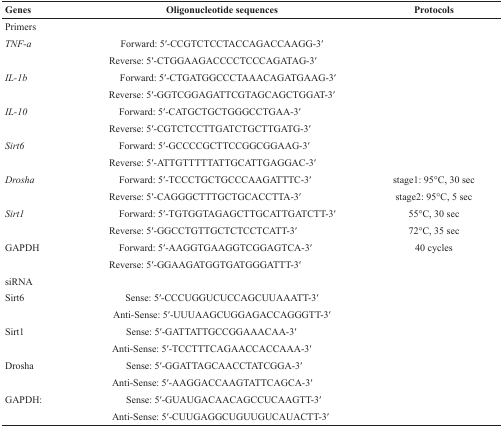
| Genes | Oligonucleotide sequences | Protocols |
 | --- | --- | --- |
 | <COLSPAN=3> Primers |
 | TNF-a | Forward: 5′-CCGTCTCCTACCAGACCAAGG-3′ |  |
 |  | Reverse: 5′-CTGGAAGACCCCTCCCAGATAG-3′ |  |
 | IL-1b | Forward: 5′-CTGATGGCCCTAAACAGATGAAG-3′ |  |
 |  | Reverse: 5′-GGTCGGAGATTCGTAGCAGCTGGAT-3′ |  |
 | IL-10 | Forward: 5′-CATGCTGCTGGGCCTGAA-3′ |  |
 |  | Reverse: 5′-CGTCTCCTTGATCTGCTTGATG-3′ |  |
 | Sirt6 | Forward: 5′-GCCCCGCTTCCGGCGGAAG-3′ |  |
 |  | Reverse: 5′-ATTGTTTTTATTGCATTGAGGAC-3′ |  |
 | Drosha | Forward: 5′-TCCCTGCTGCCCAAGATTTC-3′ | stage1: 95°C, 30 sec |
 |  | Reverse: 5′-CAGGGCTTTGCTGCACCTTA-3′ | stage2: 95°C, 5 sec |
 | Sirt1 | Forward: 5′-TGTGGTAGAGCTTGCATTGATCTT-3′ | 55°C, 30 sec |
 |  | Reverse: 5′-GGCCTGTTGCTCTCCTCATT-3′ | 72°C, 35 sec |
 | GAPDH | Forward: 5′-AAGGTGAAGGTCGGAGTCA-3′ | 40 cycles |
 |  | Reverse: 5′-GGAAGATGGTGATGGGATTT-3′ |  |
 | <COLSPAN=3> siRNA |
 | Sirt6 | Sense: 5′-CCCUGGUCUCCAGCUUAAATT-3′ |  |
 |  | Anti-Sense: 5′-UUUAAGCUGGAGACCAGGGTT-3′ |  |
 | Sirt1 | Sense: 5′-GATTATTGCCGGAAACAA-3′ |  |
 |  | Anti-Sense: 5′-TCCTTTCAGAACCACCAAA-3′ |  |
 | Drosha | Sense: 5′-GGATTAGCAACCTATCGGA-3′ |  |
 |  | Anti-Sense: 5′-AAGGACCAAGTATTCAGCA-3′ |  |
 | GAPDH: | Sense: 5′-GUAUGACAACAGCCUCAAGTT-3′ |  |
 |  | Anti-Sense: 5′-CUUGAGGCUGUUGUCAUACTT-3′ |  |